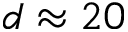
d \approx 2 0